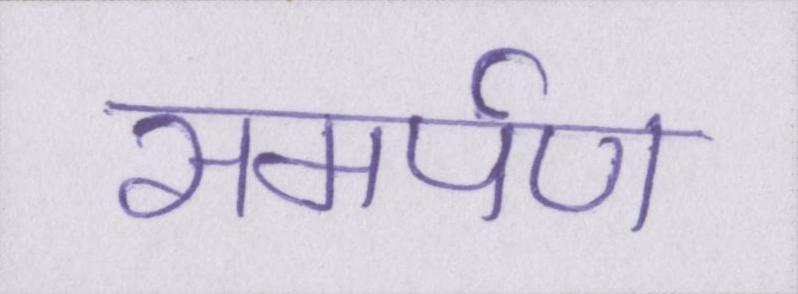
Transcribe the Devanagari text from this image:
समर्पण